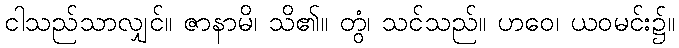
ငါသည်သာလျှင်။ ဇာနာမိ၊ သိ၏။ တွံ၊ သင်သည်။ ဟဝေ၊ ယဝမင်း၌။